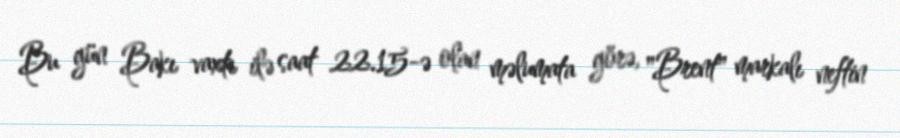
Bu gün Bakı vaxtı ilə saat 22.15-ə olan məlumata görə, "Brent" markalı neftin